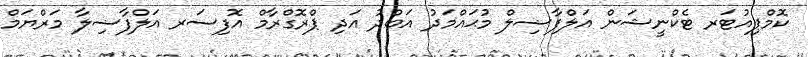
ކޮމްޕިއުޓަރ ޓެކްނީޝަން އަލްފާޟިލް މުޙައްމަދު އަބްދު އަދި ޕްރޮގްރާމް އޮފިސަރ އަލްފާޟިލާ މަރްޔަމް